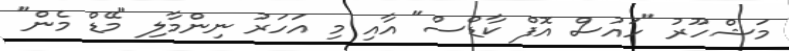
މަޝްހޫރު "ހައުސް އޮފް ކާޑްސް" އާއި މި އަހަރު ނިންމާލި "މޭޑް މެން"